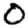
Digit: 0